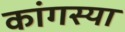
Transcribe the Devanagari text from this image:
कांगस्या